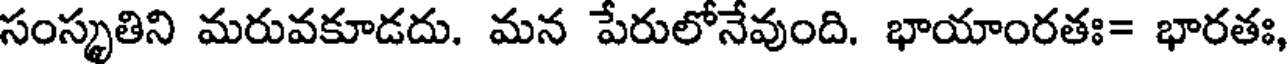
సంస్కృతిని మరువకూడదు. మన పేరులోనేవుంది. భాయాంరతః= భారతః,